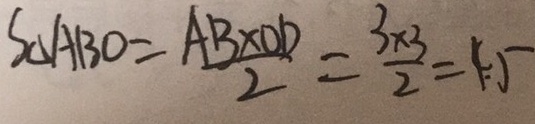
S _ { \Delta A B O } = \frac { A B \times O D } { 2 } = \frac { 3 \times 3 } { 2 } = 4 . 5